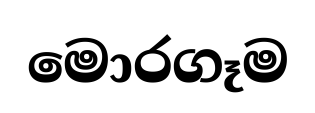
මොරගෑම